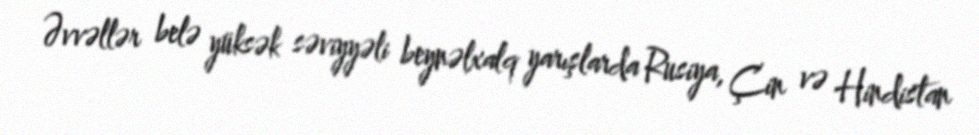
Əvvəllər belə yüksək səviyyəli beynəlxalq yarışlarda Rusiya, Çin və Hindistan